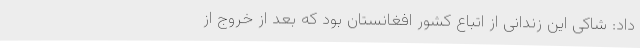
داد: شاکی این زندانی از اتباع کشور افغانستان بود که بعد از خروج از